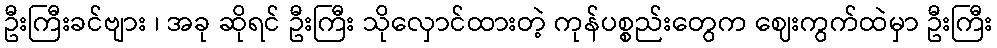
ဦးကြီးခင်ဗျား ၊ အခု ဆိုရင် ဦးကြီး သိုလှောင်ထားတဲ့ ကုန်ပစ္စည်းတွေက ဈေးကွက်ထဲမှာ ဦးကြီး